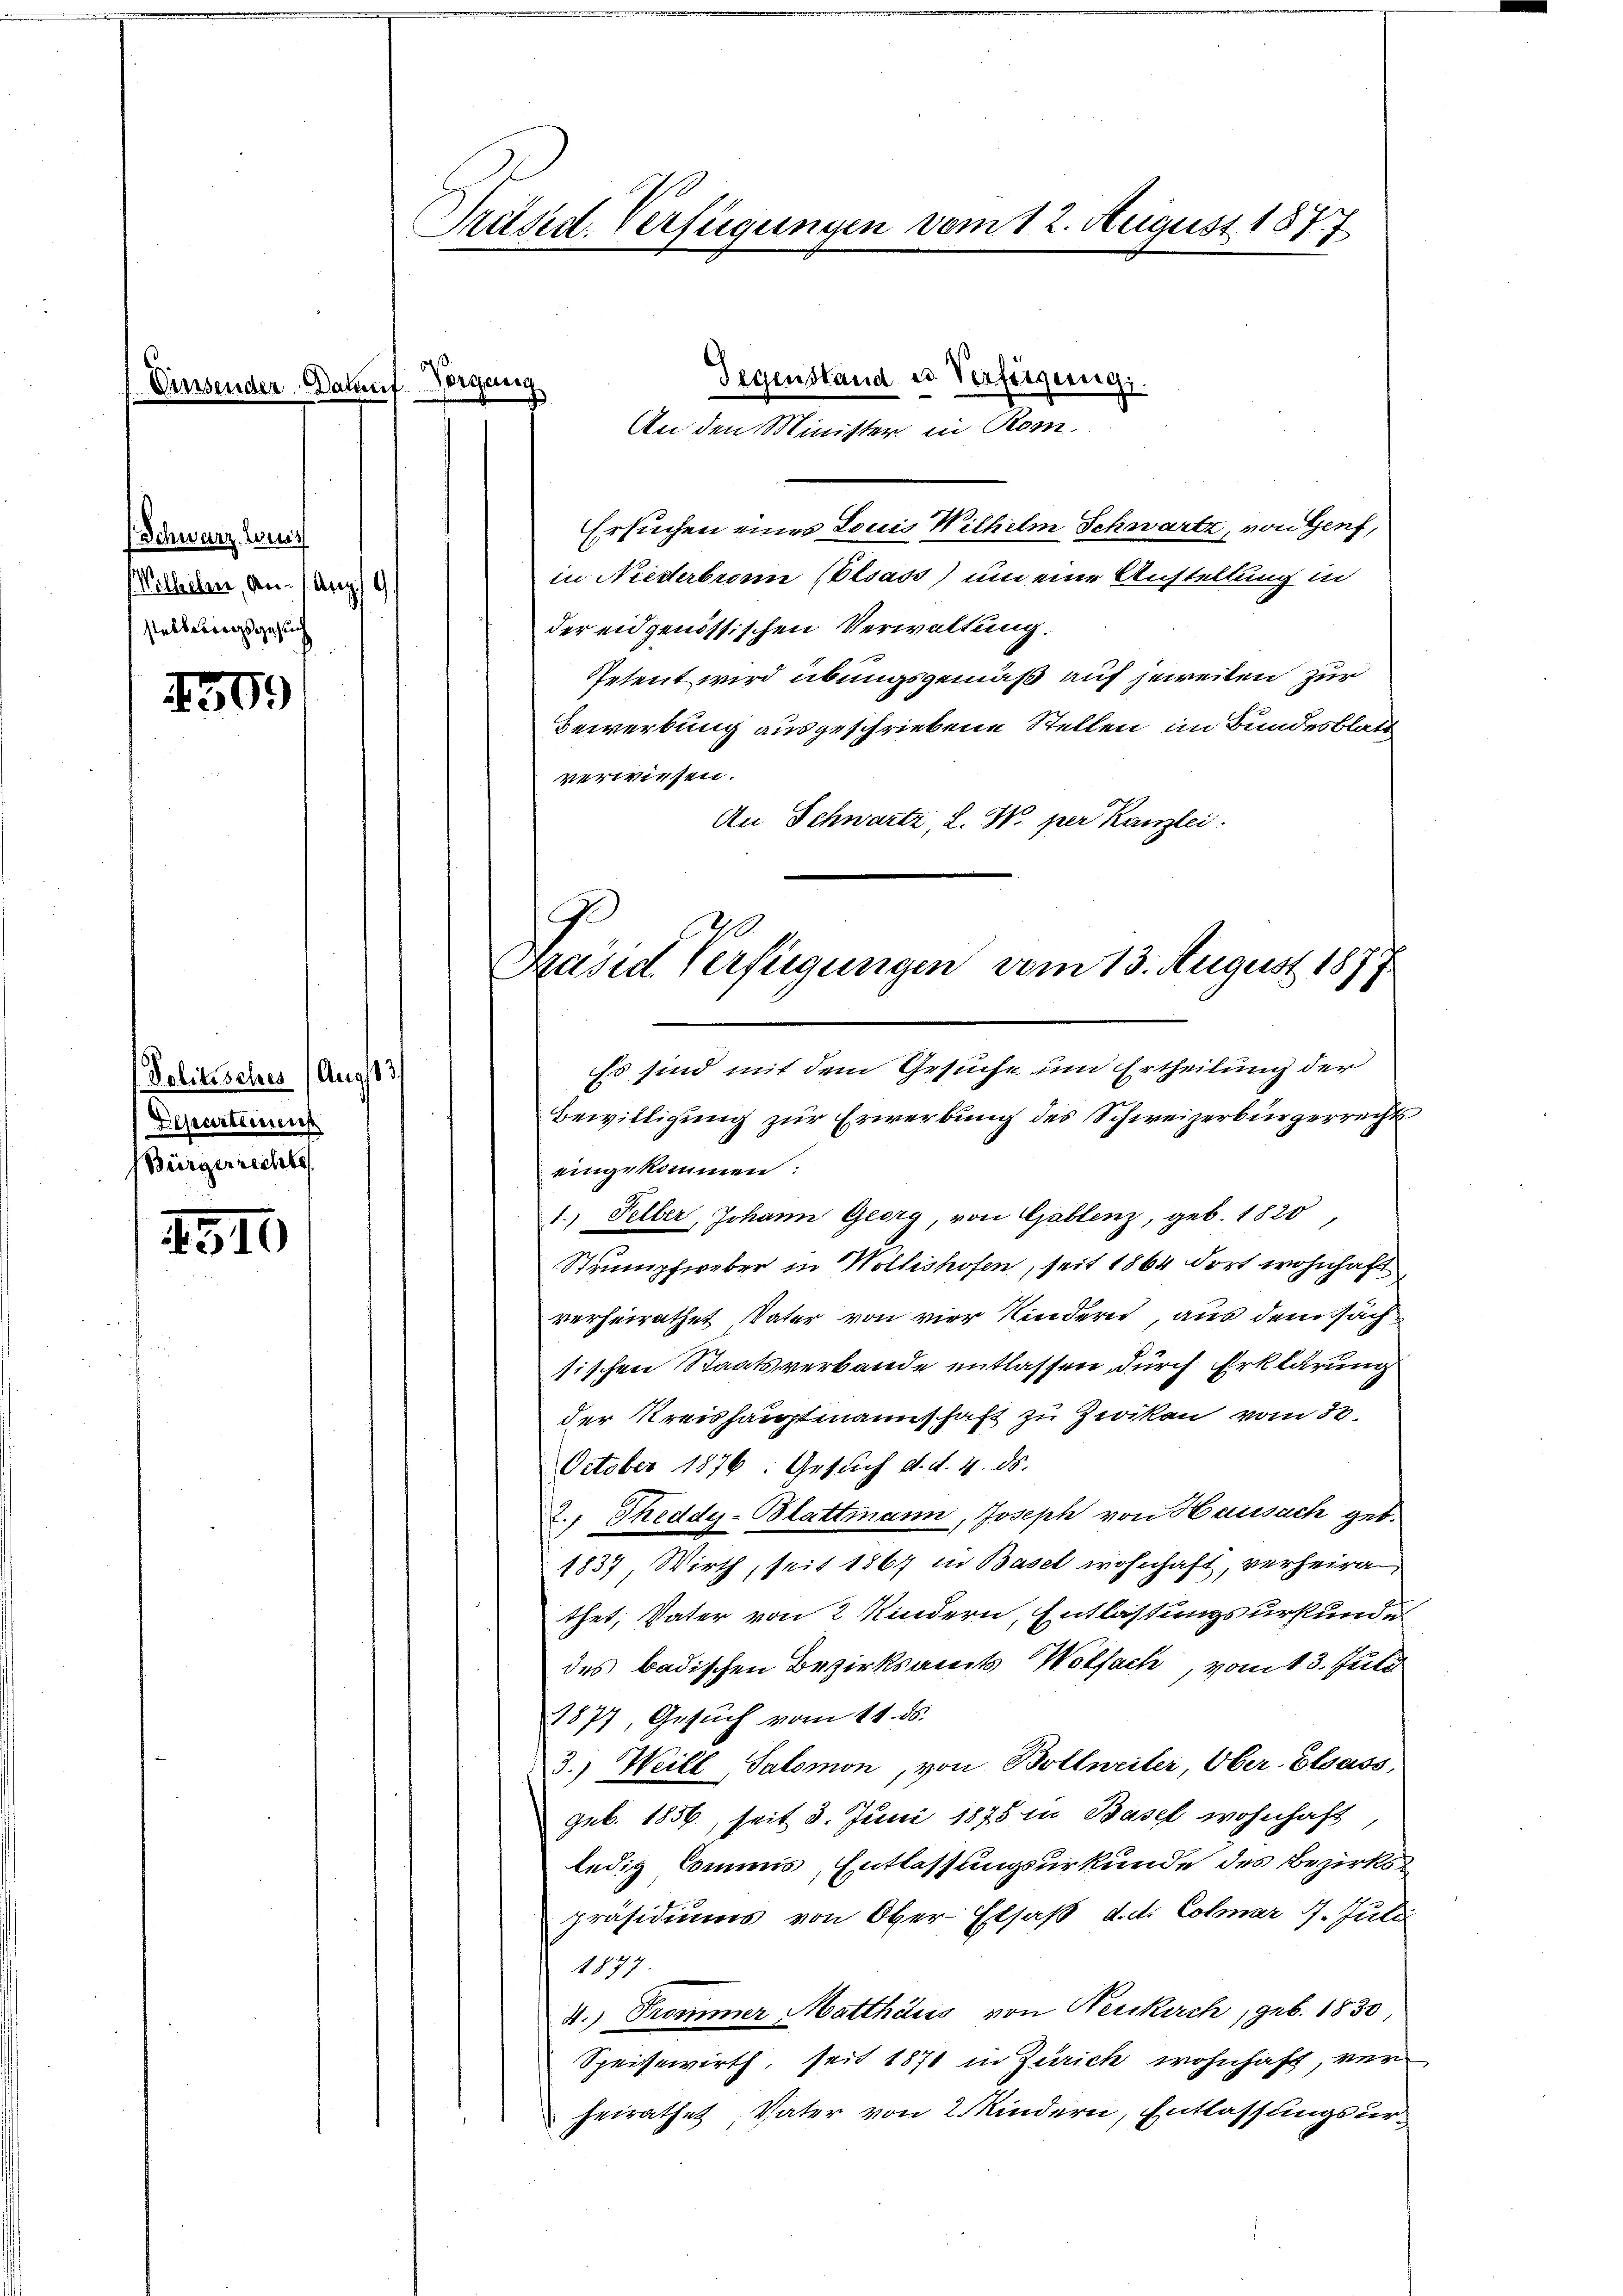
Uinsender Daturf

Schwarz wuss
Wilhelm, am 1 Aug. 1
steibsbergsgesuch

450.

Politisches (Aug13/
Departement
Bürgerrechte

1510

Präsid. Verfügungen vom 12. August 1877
.

Ersuchen einer Louis Wilhelm Schwartz, von Genf,
in Niederbrann (Elsass) um eine Austellung in
)
der eidgenössischen Verwaltung.
Petent wird übungsgemäß auf jeweiten zur
Bewerbung ausgeschriebene Stellen in Bundesblatt
verwiesen.
An Schwartz L. W. per Kanzlei.
Bewilligung zur Erwerbung des Schweizerbürgerrechts
eingekommen:
1.) Felber, Johann Georg, von Gablenz, geb. 1820
Strumpfereber in Wollishofen, seit 1864 dort wohnhaft
verheirathet Vater von vier Kindern, aus dem Fach
sischen Staatsverbande entlassen, durch Erklärung
der Kreishauptmannschaft zu Zwiken vom 30.
October 1876. Gesuch d. d. 4. ds.
2., Theddy-Blattmann, Joseph von Haussach geb.
1837, Wirth, seit 1867 in Basel wohnhaft, verheira
thet, Vater von 2 Kindern, Entlastungsurstunde
des badischen Bezirksamts Wolfach, vom 13. Juli
1877, Gesuch vom 11. ds.
3.) Weill, Salomon, von Bollweiler, Ober-Elsass,
geb. 1856, seit 3. Juni 1875 in Basel wohnhaft
ledig Commis, Entlassungsurkunde des Bezirks
präsidiums von Ober-Elsaß, d. d. Colmar 9. Julii
1877
4.) Frommer Matthaus von Neukirch, geb. 1830,
Speisewirth, seit 1871 in Zürich wohnhaft, ver
heirathes Vater von 2 Kindern, Entlassungsur¬

Vorgeng

Gegenstand u. Verfügung.
An den Minister in Rom

J
Pasid Verfügungen vom 13. August 187
Es sind mit dem Gesuche um Ertheilung der